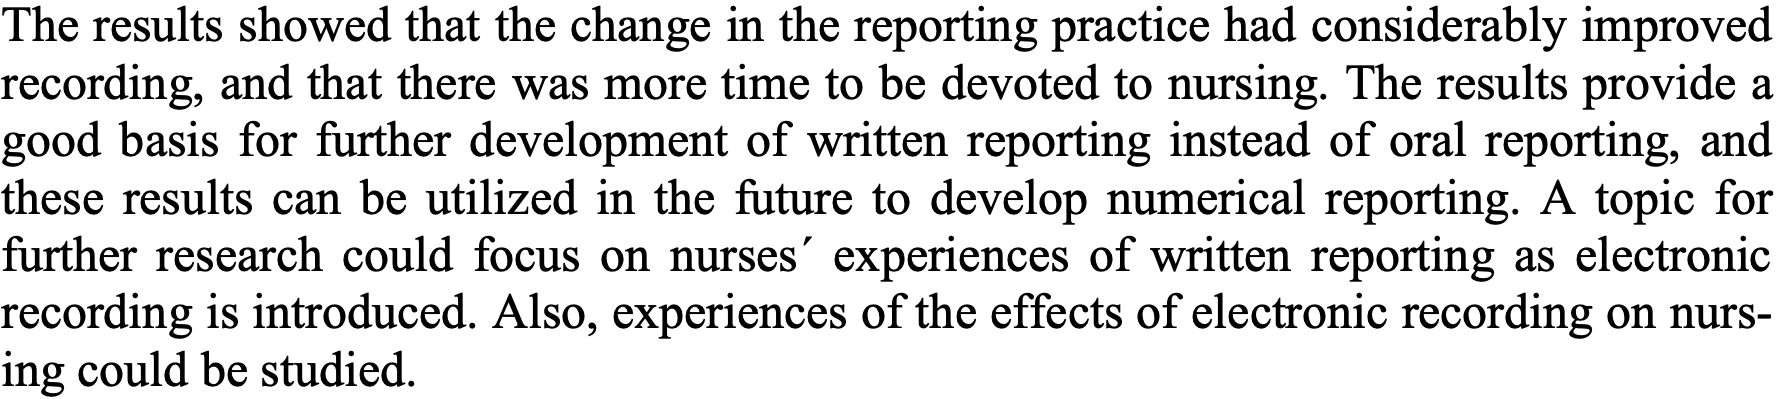
The results showed that the change in the reporting practice had considerably improved recording, and that there was more time to be devoted to nursing. The results provide a good basis for further development of written reporting instead of oral reporting, and these results can be utilized in the future to develop numerical reporting. A topic for further research could focus on nurses´ experiences of written reporting as electronic recording is introduced. Also, experiences of the effects of electronic recording on nurs- ing could be studied.